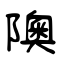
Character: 隩